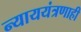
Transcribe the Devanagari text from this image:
न्याययंत्रणाही